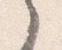
之